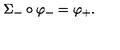
\Sigma _ { - } \circ \varphi _ { - } = \varphi _ { + } .